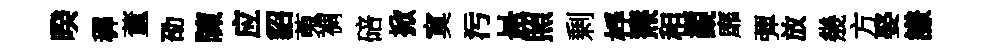
暌穉董劭陳应貂蒐裯碚掀寞污悬照剰桴燾租覲靡彈放㡬方娶謙